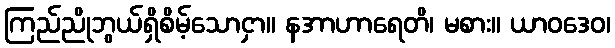
ကြည်ညိုဘွယ်ရှိစိမ့်သောငှာ။ နအာဟာရေတိ၊ မစား။ ယာဝဒေဝ၊